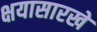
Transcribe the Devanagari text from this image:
क्षयासारखे